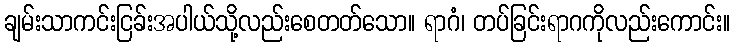
ချမ်းသာကင်းငြခ်းအပါယ်သို့လည်းစေတတ်သော။ ရာဂံ၊ တပ်ခြင်းရာဂကိုလည်းကောင်း။